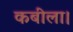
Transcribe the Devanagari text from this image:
कबीला।